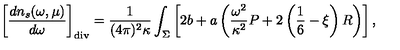
\left[ { \frac { d n _ { s } ( \omega , \mu ) } { d \omega } } \right] _ { \mathrm { d i v } } = { \frac { 1 } { ( 4 \pi ) ^ { 2 } \kappa } } \int _ { \Sigma } \left[ 2 b + a \left( { \frac { \omega ^ { 2 } } { \kappa ^ { 2 } } } P + 2 \left( \frac 1 6 - \xi \right) R \right) \right] ,